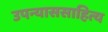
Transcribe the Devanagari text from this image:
उपन्याससाहित्य